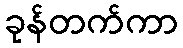
ခုန်တက်ကာ